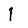
Digit: 1